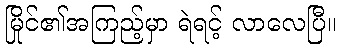
မြိုင်၏အကြည့်မှာ ရဲရင့် လာလေပြီ။